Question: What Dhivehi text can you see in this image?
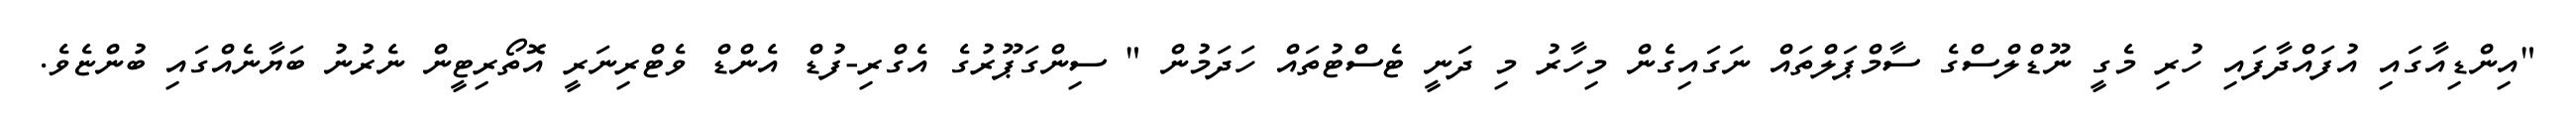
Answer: "އިންޑިއާގައި އުފައްދާފައި ހުރި މެގީ ނޫޑްލްސްގެ ސާމްޕަލްތައް ނަގައިގެން މިހާރު މި ދަނީ ޓެސްޓުތައް ހަދަމުން " ސިންގަޕޫރުގެ އެގްރި-ފުޑް އެންޑް ވެޓްރިނަރީ އޮތޯރިޓީން ނެރުނު ބަޔާނެއްގައި ބުންޏެވެ.